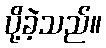
ပို့ခဲ့သည်။